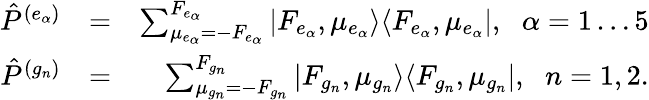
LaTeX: \begin{array}{rlr}{{\hat{P}}^{(e_{\alpha})}}&{=}&{\sum_{\mu_{e_{\alpha}}=-F_{e_{\alpha}}}^{F_{e_{\alpha}}}|F_{e_{\alpha}},\mu_{e_{\alpha}}\rangle\langle F_{e_{\alpha}},\mu_{e_{\alpha}}|,\, \, \; \alpha=1\dots 5}\\ {{\hat{P}}^{(g_{n})}}&{=}&{\sum_{\mu_{g_{n}}=-F_{g_{n}}}^{F_{g_{n}}}|F_{g_{n}},\mu_{g_{n}}\rangle\langle F_{g_{n}},\mu_{g_{n}}|,\, \, \; n=1,2.}\end{array}